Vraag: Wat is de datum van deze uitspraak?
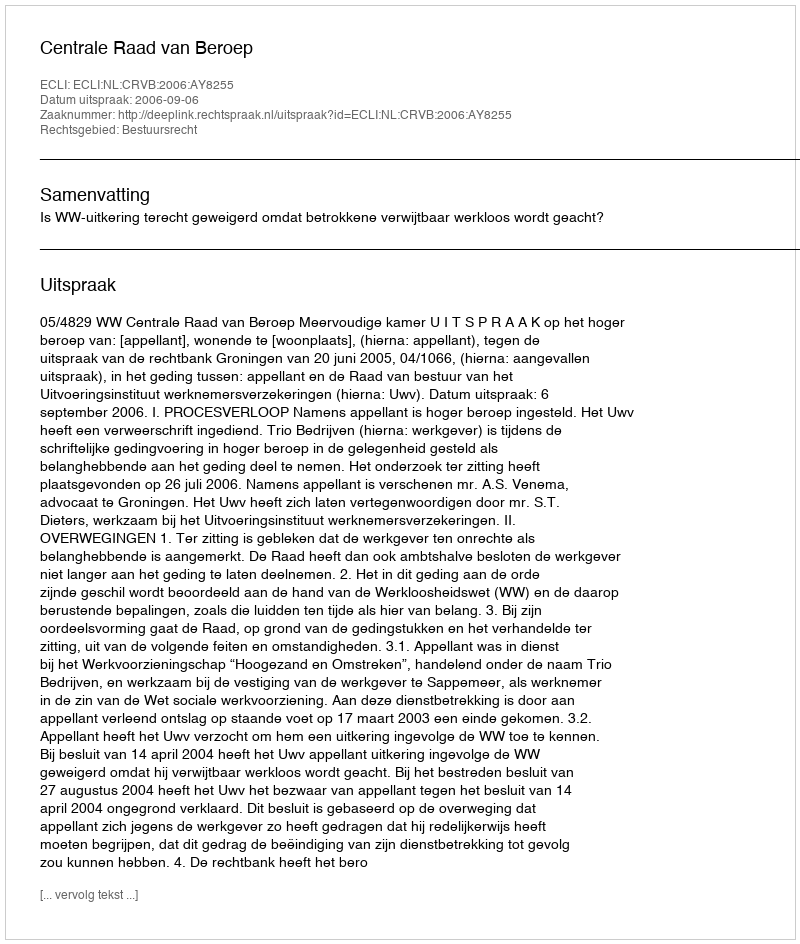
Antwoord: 2006-09-06